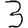
Digit: 3